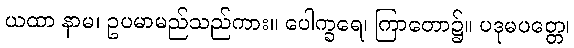
ယထာ နာမ၊ ဥပမာမည်သည်ကား။ ပေါက္ခရေ၊ ကြာတော၌။ ပဒုမပတ္တေ၊